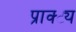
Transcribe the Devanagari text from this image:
प्राक्ट्य